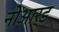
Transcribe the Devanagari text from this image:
नोआर्ड